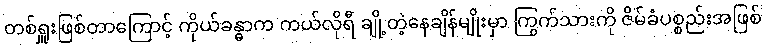
တစ်ရှူးဖြစ်တာကြောင့် ကိုယ်ခန္ဓာက ကယ်လိုရီ ချို့တဲ့နေချိန်မျိုးမှာ ကြွက်သားကို ဇိမ်ခံပစ္စည်းအဖြစ်